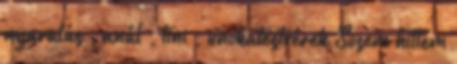
nyaralás , anál , tini , unokatestvérek Sosem hittem